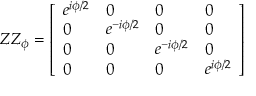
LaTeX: Z Z _ { \phi } = { \left[ \begin{array} { l l l l } { e ^ { i \phi / 2 } } & { 0 } & { 0 } & { 0 } \\ { 0 } & { e ^ { - i \phi / 2 } } & { 0 } & { 0 } \\ { 0 } & { 0 } & { e ^ { - i \phi / 2 } } & { 0 } \\ { 0 } & { 0 } & { 0 } & { e ^ { i \phi / 2 } } \end{array} \right] }